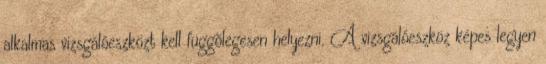
alkalmas vizsgálóeszközt kell függõlegesen helyezni. A vizsgálóeszköz képes legyen